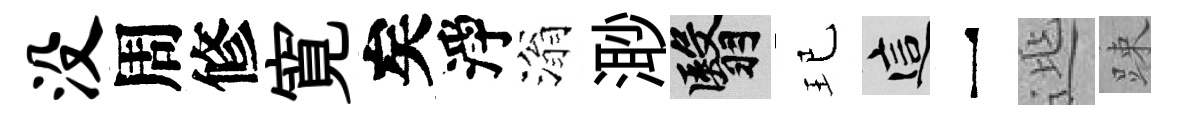
没周修寛矣淨滃𣺌翳玘這一𨓱踈